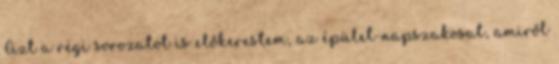
Azt a régi sorozatot is előkerestem, az épület-napszakosat, amiről